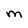
Character: M